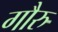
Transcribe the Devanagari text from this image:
गौरु